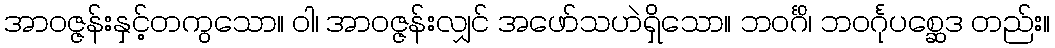
အာဝဇ္ဇန်းနှင့်တကွသော။ ဝါ၊ အာဝဇ္ဇန်းလျှင် အဖော်သဟဲရှိသော။ ဘဝင်္ဂိ၊ ဘဝင်္ဂုပစ္ဆေဒ တည်း။